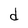
Character: d